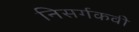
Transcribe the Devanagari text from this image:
निसर्गकवी